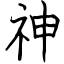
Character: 神